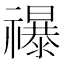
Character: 𮂡